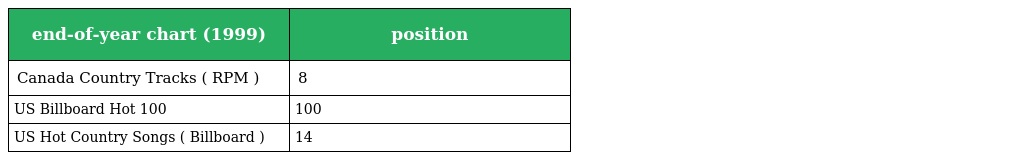
| end-of-year chart (1999) | position |
 | --- | --- |
 | Canada Country Tracks ( RPM ) | 8 |
 | US Billboard Hot 100 | 100 |
 | US Hot Country Songs ( Billboard ) | 14 |